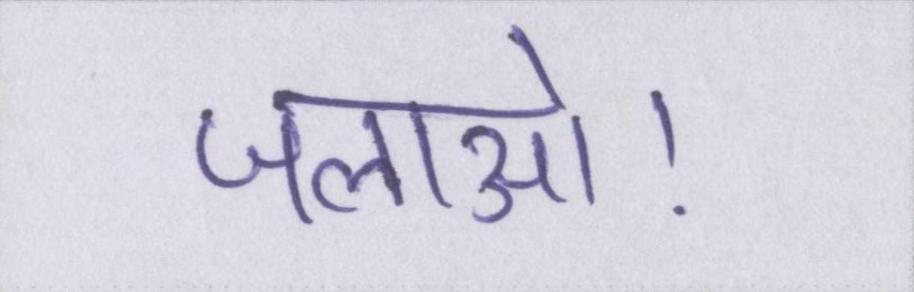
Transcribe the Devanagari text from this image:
जलाओ।